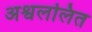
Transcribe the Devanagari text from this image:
अश्वललित